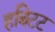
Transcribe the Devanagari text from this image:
हबिटट